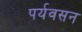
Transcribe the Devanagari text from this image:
पर्यवसन